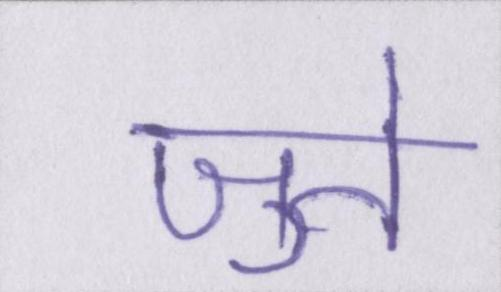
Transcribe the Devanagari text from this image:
जुते